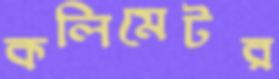
কলিমেটর